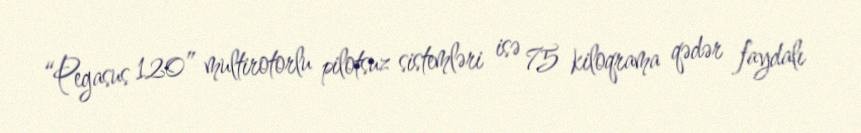
“Pegasus 120” multirotorlu pilotsuz sistemləri isə 75 kiloqrama qədər faydalı